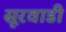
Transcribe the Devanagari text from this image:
सूरवाडी